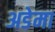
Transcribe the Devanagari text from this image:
अडेमा